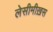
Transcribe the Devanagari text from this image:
लेसीमीख़स